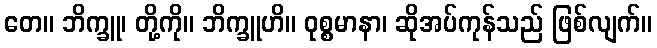
တေ။ ဘိက္ခူ၊ တို့ကို။ ဘိက္ခူဟိ။ ဝုစ္စမာနာ၊ ဆိုအပ်ကုန်သည် ဖြစ်လျက်။